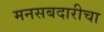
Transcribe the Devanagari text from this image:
मनसबदारीचा